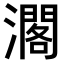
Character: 𤁐